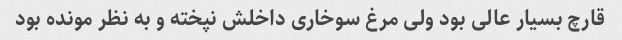
قارچ بسیار عالى بود ولى مرغ سوخارى داخلش نپخته و به نظر مونده بود